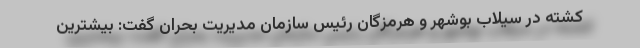
کشته در سیلاب بوشهر و هرمزگان رئیس سازمان مدیریت بحران گفت: بیشترین